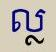
ល្ល